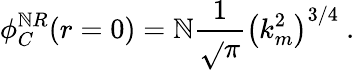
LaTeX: \phi_{C}^{\mathbb{N}R}(r=0)=\mathbb{N}\frac{{1}}{{\sqrt{}{{\pi}}}}\left(k_{m}^{2}\right)^{3/4}\mathrm{{~.}}